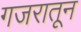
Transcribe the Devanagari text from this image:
गजरातून